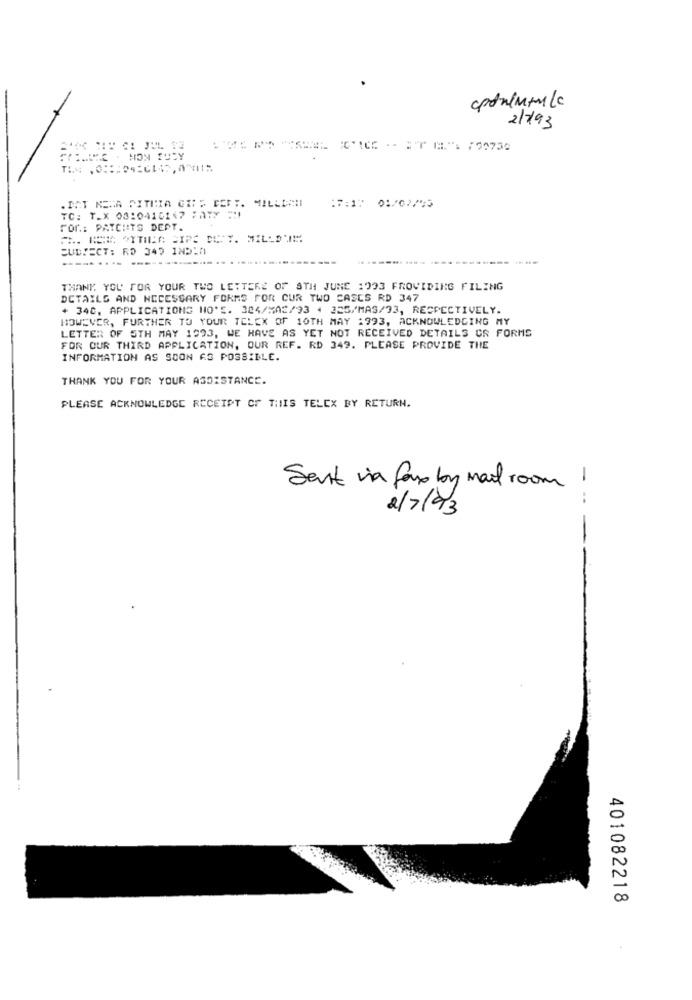
2//93
. INT NEMA PITHIA CE: : DEFY. MILLECHI
:7:17 01/02/45
TC: T_X 08:0410117 FA17 :
For .: PATCHTS DEPT.
SUBIECT: RD 340 INDIA
THANK YOU FOR YOUR TWO LETTERE OF STH JUNE 1993 FROVIDING FILING
DETAILS AND NECESSARY FORMS FOR CUR TWO CASES RD 347
+ 340, APPLICATIONS NO'E. 304/ 02/93 4 325/MAS/33, RESPECTIVELY.
HOWEVER, FURTHER TO YOUR TELEX OF 10TH MAY :393, ACKNOWLEDGING MY
LETTER OF STH MAY 1993, WE HAVE AS YET NOT RECEIVED DETAILS CR FORMS
FOR OUR THIRD APPLICATION, OUR REF. RD 349. PLEASE PROVIDE THE
INFORMATION AS SOON AS POSSIBLE.
THANK YOU FOR YOUR ASSISTANCE.
PLEASE ACKNOWLEDGE RECEIPT OF THIS TELEX BY RETURN.
Sent via faso by mail room !
2/7/93
-
0
00
401082218